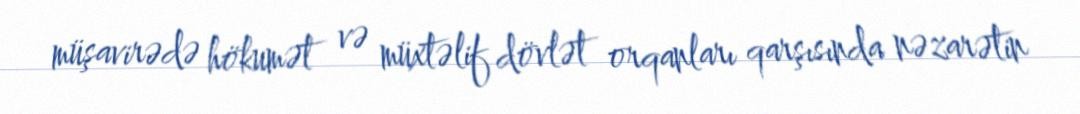
müşavirədə hökumət və müxtəlif dövlət orqanları qarşısında nəzarətin